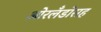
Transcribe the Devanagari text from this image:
ओरलँडोसह